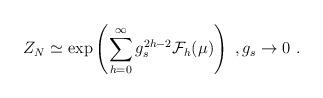
LaTeX: \begin{align*}Z_N\simeq\exp\left(\sum_{h=0}^\infty g_s^{2h-2}\mathcal{F}_h(\mu)\right)\ ,g_s\to 0\ .\end{align*}